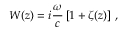
W ( z ) = i \frac { \omega } { c } \left[ 1 + \zeta ( z ) \right] \, ,